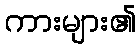
ကားများ၏